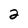
Character: 2